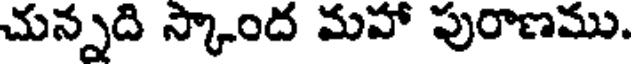
చున్నది స్కాంద మహా పురాణము.